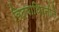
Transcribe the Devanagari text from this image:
विद्याथिर्नीने